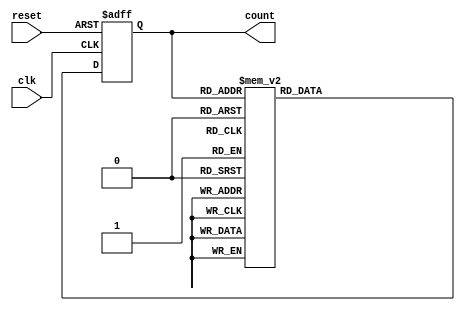
module gray_code_counter (
    input wire clk,
    input wire reset,
    output reg [3:0] count
);

reg [3:0] next_state;

always @(posedge clk or posedge reset) begin
    if (reset) begin
        count <= 4'b0000;
    end else begin
        count <= next_state;
    end
end

always @(count) begin
    case(count)
        4'b0000: next_state = 4'b0001;
        4'b0001: next_state = 4'b0011;
        4'b0011: next_state = 4'b0010;
        4'b0010: next_state = 4'b0110;
        4'b0110: next_state = 4'b0111;
        4'b0111: next_state = 4'b0101;
        4'b0101: next_state = 4'b0100;
        4'b0100: next_state = 4'b1100;
        4'b1100: next_state = 4'b1101;
        4'b1101: next_state = 4'b1111;
        4'b1111: next_state = 4'b1110;
        default: next_state = 4'b0000;
    endcase
end

endmodule